Civil Veterinary Dept. Bombay admin report 1923-31 - 1923-1931
Year: 1923
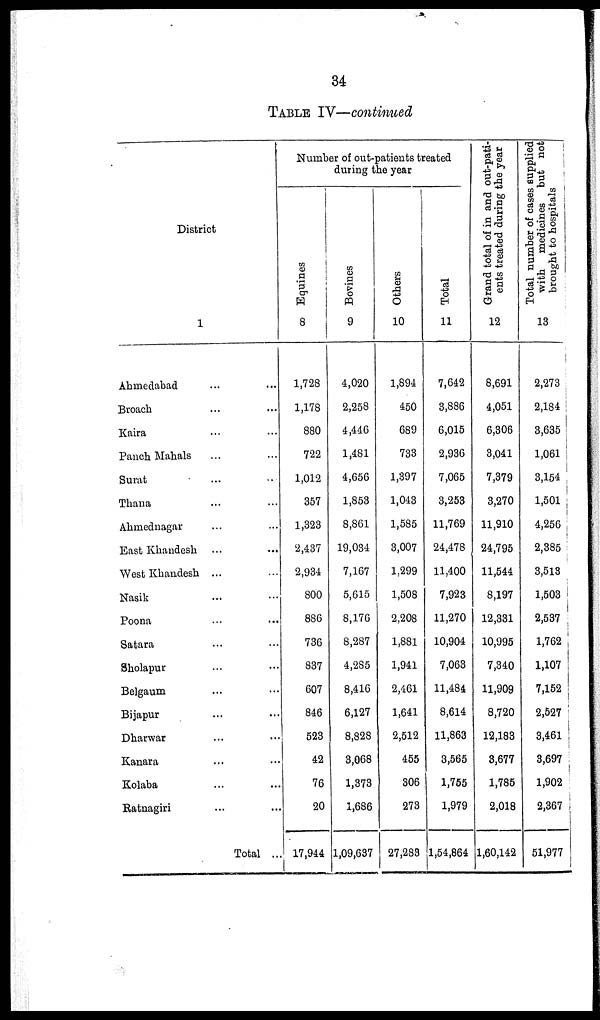
34
TABLE IV—continued
District
1
Ahmedabad ... ...
Broach
Kaira ... ...
Panch Mahals ... ...
Surat ... ...
Thana ... ...
Ahmednagar ... ...
East Khandesh ... ...
West Khandesh ... ...
Nasik ... ...
Poona ... ...
Satara ... ...
Sholapur ... ...
Belgaum ... ...
Bijapur ... ...
Dharwar ... ...
Kanara ... ...
Kolaba ... ...
Ratnagiri ... ...
Total ...
Number of out-patients treated
during the year
Equines
8
1,728
1,178
880
722
1,012
357
1,323
2,437
2,934
800
886
736
837
607
846
523
42
76
20
17,944
Bovines
9
4,020
2,258
4,446
1,481
4,656
1,853
8,861
19,034
7,167
5,615
8,176
8,287
4,285
8,416
6,127
8,828
3,068
1,373
1,686
1,09,637
Others
10
1,894
450
689
733
1,397
1,043
1,585
3,007
1,299
1,508
2,208
1,881
1,941
2,461
1,641
2,512
455
306
273
27,283
Total
11
7,642
3,886
6,015
2,936
7,065
3,253
11,769
24,478
11,400
7,923
11,270
10,904
7,063
11,484
8,614
11,863
3,565
1,755
1,979
1,54,864
Grand total of in and out-pati-
ents treated during the year
12
8,691
4,051
6,306
3,041
7,379
3,270
11,910
24,795
11,544
8,197
12,331
10,995
7,340
11,909
8,720
12,183
3,677
1,785
2,018
1,60,142
Total number of cases supplied
with medicines but not
brought to hospitals
13
2,273
2,184
3,635
1,061
3,154
1,501
4,256
2,385
3,513
1,503
2,537
1,762
1,107
7,152
2,527
3,461
3,697
1,902
2,367
51,977